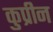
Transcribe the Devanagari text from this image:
कुप्रीन